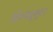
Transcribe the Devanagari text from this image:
डॉ०मधुसूदन